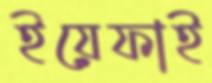
ইয়েফাই